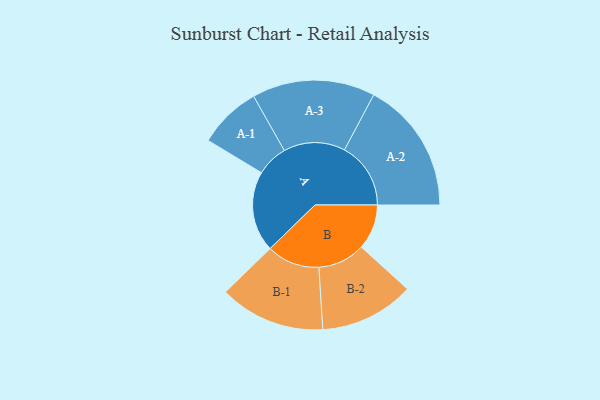
{"axis": {"x": "Segment", "y": "Value"}, "legend": ["", "A", "B"], "data": [{"x": "A", "y": 271, "type": ""}, {"x": "B", "y": 152, "type": ""}, {"x": "A-1", "y": 106, "type": "A"}, {"x": "A-2", "y": 223, "type": "A"}, {"x": "A-3", "y": 207, "type": "A"}, {"x": "B-1", "y": 178, "type": "B"}, {"x": "B-2", "y": 159, "type": "B"}]}